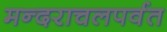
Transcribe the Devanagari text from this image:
मन्दराचलपर्वत